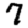
Digit: 7